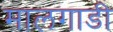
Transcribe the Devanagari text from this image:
मालगाडी